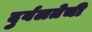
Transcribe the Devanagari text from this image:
दुर्बलतेची